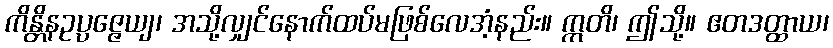
ကိန္တိနဥပ္ပဇ္ဇေယျ၊ အသို့လျှင်နောက်ထပ်မဖြစ်လေအံ့နည်း။ ဣတိ၊ ဤသို့။ ဧတဒတ္ထာယ၊